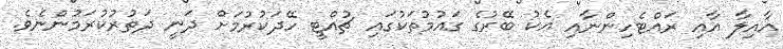
އާއިލާ އާއި ރައްޓެހިންނާއި އެކު ބޭރުގެ ގައުމުތަކުގައި ޗުއްޓީ ހޭދަކުރުމަށް ދަނީ ދަތުރުކުރަމުންނެވެ.